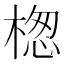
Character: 楤